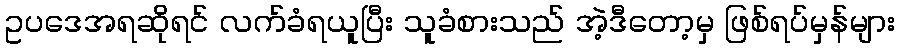
ဥပဒေအရဆိုရင် လက်ခံရယူပြီး သူခံစားသည် အဲ့ဒီတော့မှ ဖြစ်ရပ်မှန်များ